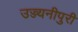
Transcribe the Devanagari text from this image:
उज्ज्यनीपुरी